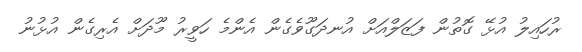
ރުހައިލު އުޅޭ ގޮތުން ފަޒަލްއަށް އުނދަގޫވެގެން އެންމެ ހަވީރު މޫދަށް އެރިގެން އުޅުނު